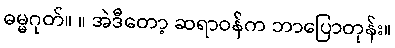
ဓမ္မဂုတ်။ ။ အဲဒီတော့ ဆရာဝန်က ဘာပြောတုန်း။